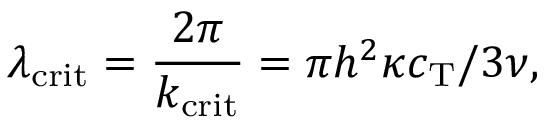
\lambda _ { \mathrm { c r i t } } = \frac { 2 \pi } { k _ { \mathrm { c r i t } } } = \pi h ^ { 2 } \kappa c _ { \mathrm { T } } / 3 \nu ,